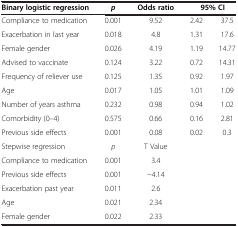
| Binary logistic regression | p | Odds ratio | <COLSPAN=2> 95% CI |
 | --- | --- | --- | --- | --- |
 | Compliance to medication | 0.001 | 9.52 | 2.42 | 37.5 |
 | Exacerbation in last year | 0.018 | 4.8 | 1.31 | 17.6 |
 | Female gender | 0.026 | 4.19 | 1.19 | 14.77 |
 | Advised to vaccinate | 0.124 | 3.22 | 0.72 | 14.31 |
 | Frequency of reliever use | 0.125 | 1.35 | 0.92 | 1.97 |
 | Age | 0.017 | 1.05 | 1.01 | 1.09 |
 | Number of years asthma | 0.232 | 0.98 | 0.94 | 1.02 |
 | Comorbidity (0–4) | 0.575 | 0.66 | 0.16 | 2.81 |
 | Previous side effects | 0.001 | 0.08 | 0.02 | 0.3 |
 | Stepwise regression | p | T Value |  |  |
 | Compliance to medication | 0.001 | 3.4 |  |  |
 | Previous side effects | 0.001 | −4.14 |  |  |
 | Exacerbation past year | 0.011 | 2.6 |  |  |
 | Age | 0.021 | 2.34 |  |  |
 | Female gender | 0.022 | 2.33 |  |  |